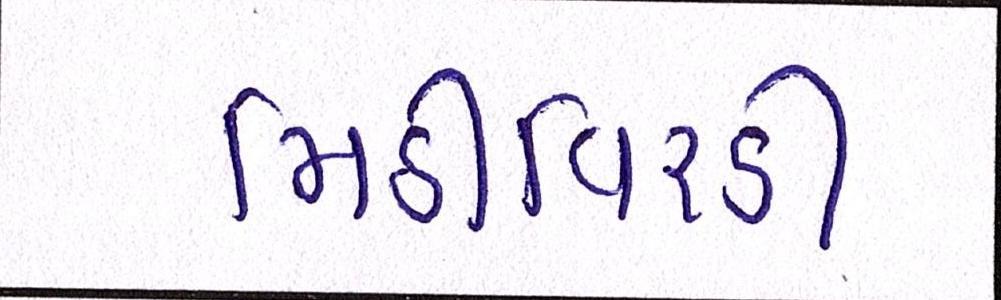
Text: મિઠીવિરડી